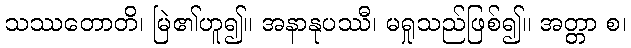
သဿတောတိ၊ မြဲ၏ဟူ၍။ အနာနုပဿီ၊ မရှုသည်ဖြစ်၍။ အတ္တာ စ၊